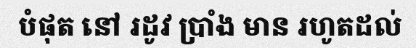
បំផុត នៅ រដូវ ប្រាំង មាន រហូតដល់